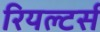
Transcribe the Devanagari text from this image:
रियल्टर्स